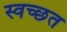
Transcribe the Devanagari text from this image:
स्वच्छत